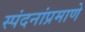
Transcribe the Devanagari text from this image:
स्पंदनांप्रमाणे